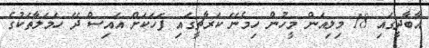
އާބާދީގައި 18 މިލިއަން މީހުން ހިމެނޭ ކަރާޗީގައި ފަހަކަށް އައިސް ދޭ ހަމަލާތަކުގެ